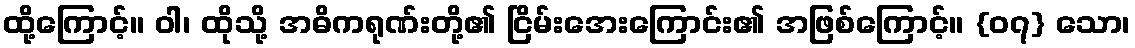
ထို့ကြောင့်။ ဝါ၊ ထိုသို့ အဓိကရုဏ်းတို့၏ ငြိမ်းအေးကြောင်း၏ အဖြစ်ကြောင့်။ {၀၇} သော၊